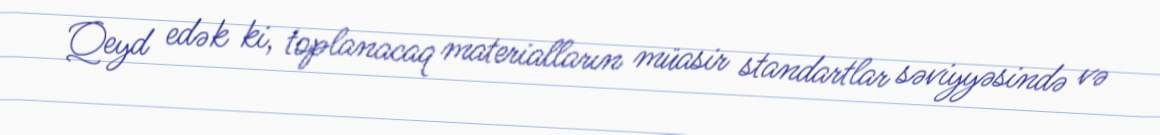
Qeyd edək ki, toplanacaq materialların müasir standartlar səviyyəsində və